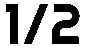
1/2